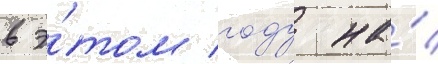
в э́том году на́